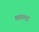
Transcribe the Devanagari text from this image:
माम्ला